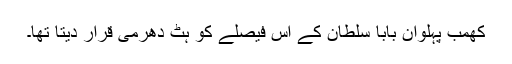
کھمب پہلوان بابا سلطان کے اس فیصلے کو ہٹ دھرمی قرار دیتا تھا۔